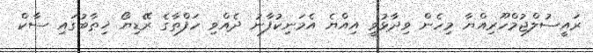
ރައީސުލްޖުމްހޫރިއްޔާ މިހެން ވިދާޅުވީ އިއްޔެ އެމަނިކުފާނު ދެއްވި ހަފްތާގެ ރޭޑިޔޯ ޚިޠާބުގައި ސާކް